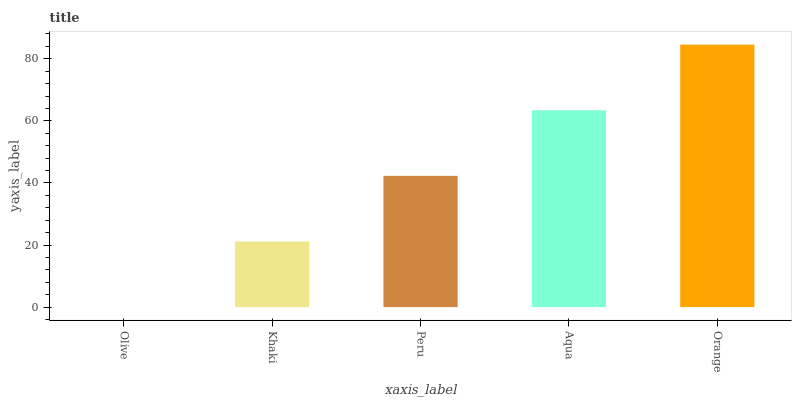
| xaxis_label | bars |
 | --- | --- |
 | Olive | 0 |
 | Khaki | 21.1 |
 | Peru | 42.3 |
 | Aqua | 63.4 |
 | Orange | 84.6 |